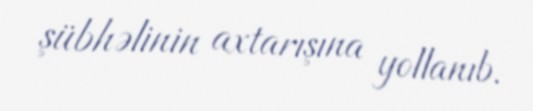
şübhəlinin axtarışına yollanıb.